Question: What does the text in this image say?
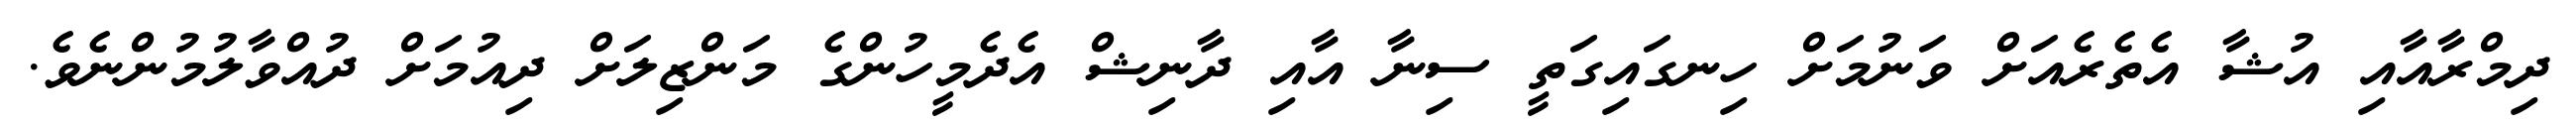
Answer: ދިމްރާއާއި އުޝާ އެތެރެއަށް ވަނުމަށް ހިނގައިގަތީ ސިނާ އާއި ދާނިޝް އެދެމީހުންގެ މަންޒިލަށް ދިއުމަށް ދުއްވާލުމުންނެވެ.